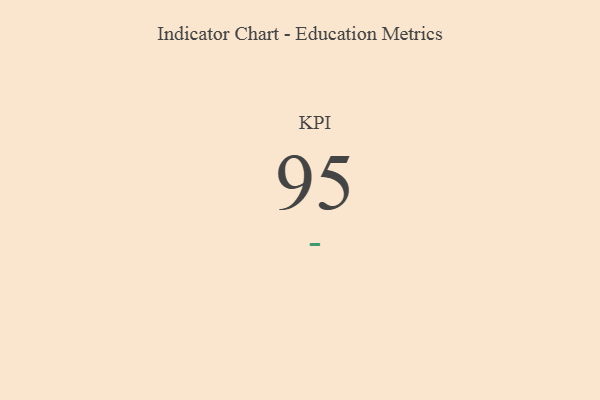
{"axis": {"x": "KPI", "y": "Value"}, "legend": [""], "data": [{"x": "KPI", "y": 95, "type": ""}]}